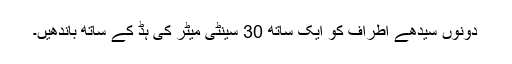
دونوں سیدھے اطراف کو ایک ساتھ 30 سینٹی میٹر کی ہڈ کے ساتھ باندھیں۔